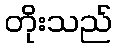
တိုးသည်